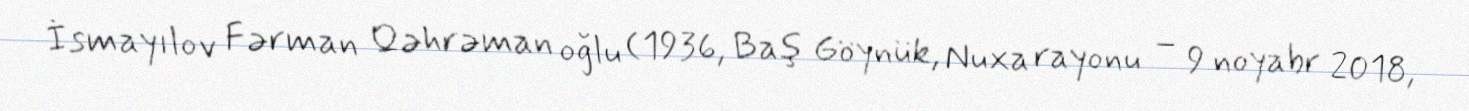
İsmayılov Fərman Qəhrəman oğlu (1936, Baş Göynük, Nuxa rayonu – 9 noyabr 2018,